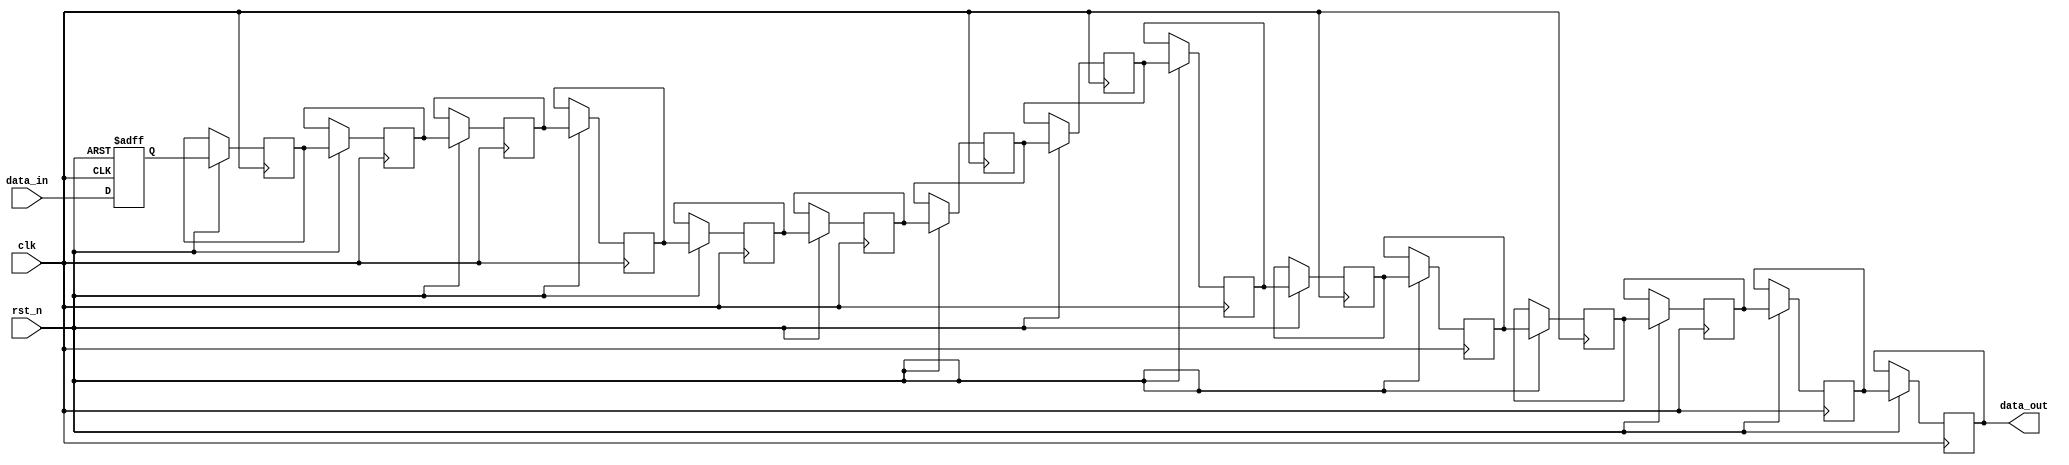
module generate_shift_reg #
(
	parameter DATA_WIDTH=256,
	parameter DEPTH=16
)
(
    input clk,
    input rst_n,

    input [DATA_WIDTH-1:0]data_in,
    output [DATA_WIDTH-1:0]data_out
);
reg [DATA_WIDTH-1:0]dat_reg[DEPTH-1:0];

integer i;
generate
    always@(posedge clk or negedge rst_n)
    begin
        if(!rst_n)
            dat_reg[0]<='b0;
        else begin
            dat_reg[0]<=data_in;
            for(i=1;i<DEPTH;i=i+1) begin
                dat_reg[i]<=dat_reg[i-1];
            end
        end
    end
endgenerate

assign data_out=dat_reg[DEPTH-1];

endmodule